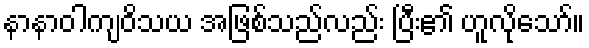
နာနာဝါကျဝိသယ အဖြစ်သည်လည်း ပြီး၏ ဟူလိုသော်။